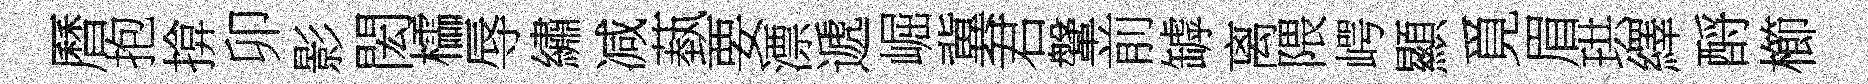
曆抱揜卯影閎櫺辱繡减蓺要漂遞崛冀君鞶前罅离隈崿顯覓眉珙繹酹櫛